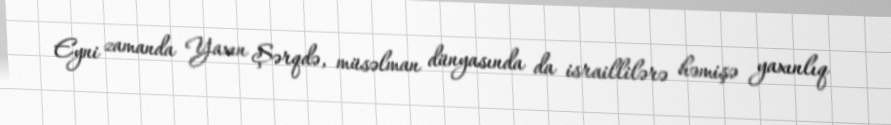
Eyni zamanda Yaxın Şərqdə, müsəlman dünyasında da israillilərə həmişə yaxınlıq